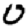
Digit: 0